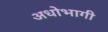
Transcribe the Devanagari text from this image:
अधोभागी